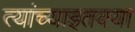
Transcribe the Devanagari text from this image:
त्यांच्याइतक्या